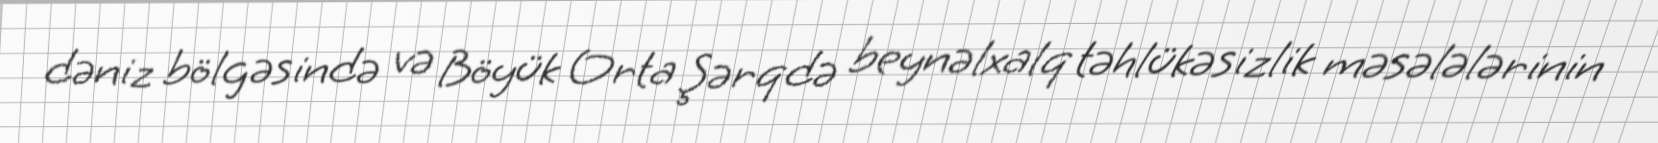
dəniz bölgəsində və Böyük Orta Şərqdə beynəlxalq təhlükəsizlik məsələlərinin